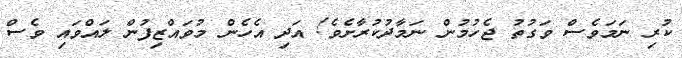
ކުރި ނަމަވެސް ވަގުތު ޖެހުމުން ނަމާދުކުރާށެވެ! އަދި އެހެން މުވައްޒިފުން ލައްވައި ވެސް